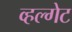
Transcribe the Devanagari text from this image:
व्हल्गेट